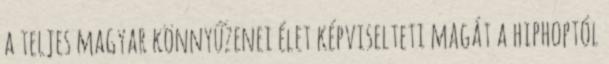
a teljes magyar könnyűzenei élet képviselteti magát a hiphoptól